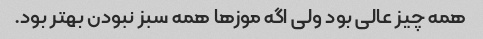
همه چیز عالی بود ولی اگه موز‌ها همه سبز نبودن بهتر بود.